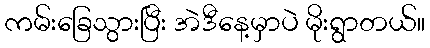
ကမ်းခြေသွားပြီး အဲဒီနေ့မှာပဲ မိုးရွာတယ်။